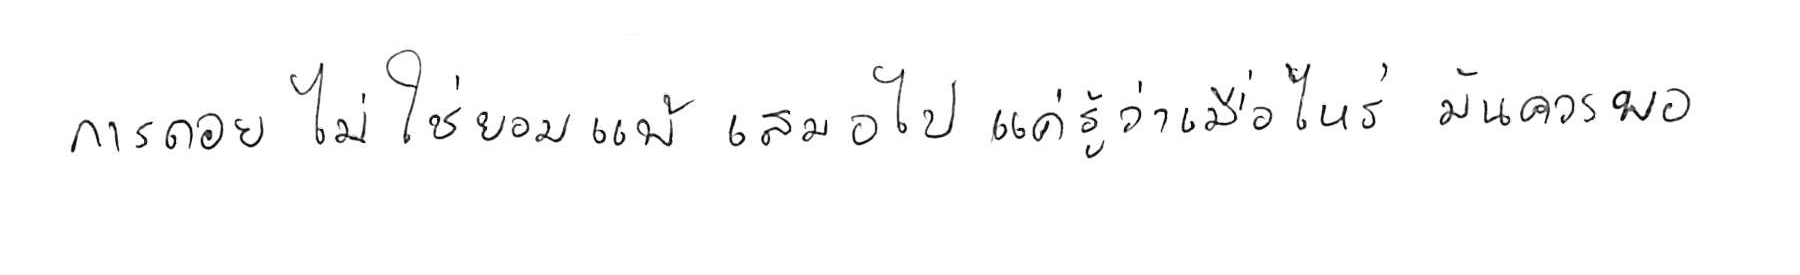
การถอย ไม่ใช่ยอมแพ้ เสมอไป แค่รู้ว่าเมื่อไหร่ มันควรพอ